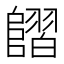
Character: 𨻿